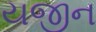
યજીન